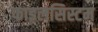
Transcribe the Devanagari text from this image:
फाइलसिस्टम